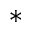
^ { \ast }